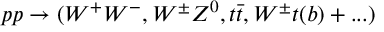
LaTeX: p p \rightarrow ( W ^ { + } W ^ { - } , W ^ { \pm } Z ^ { 0 } , t \bar { t } , W ^ { \pm } t ( b ) + . . . )